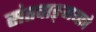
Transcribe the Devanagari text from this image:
संतवाङ्‌मयाचे